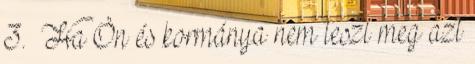
3. Ha Ön és kormánya nem teszi meg azt